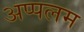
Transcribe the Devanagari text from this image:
अप्पलम